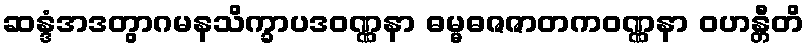
ဆန္ဒံအဒတွာဂမနသိက္ခာပဒဝဏ္ဏနာ ဓမ္မဓဇဇာတကဝဏ္ဏနာ ဝဟန္တီတိ